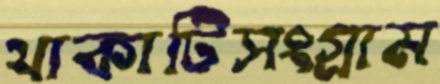
থাকাটিসংগ্রাম